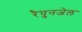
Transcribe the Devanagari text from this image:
रैपुनजेल